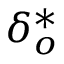
{ { \delta } _ { o } ^ { * } }